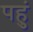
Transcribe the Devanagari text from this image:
पहुं